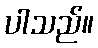
ပါသည်။